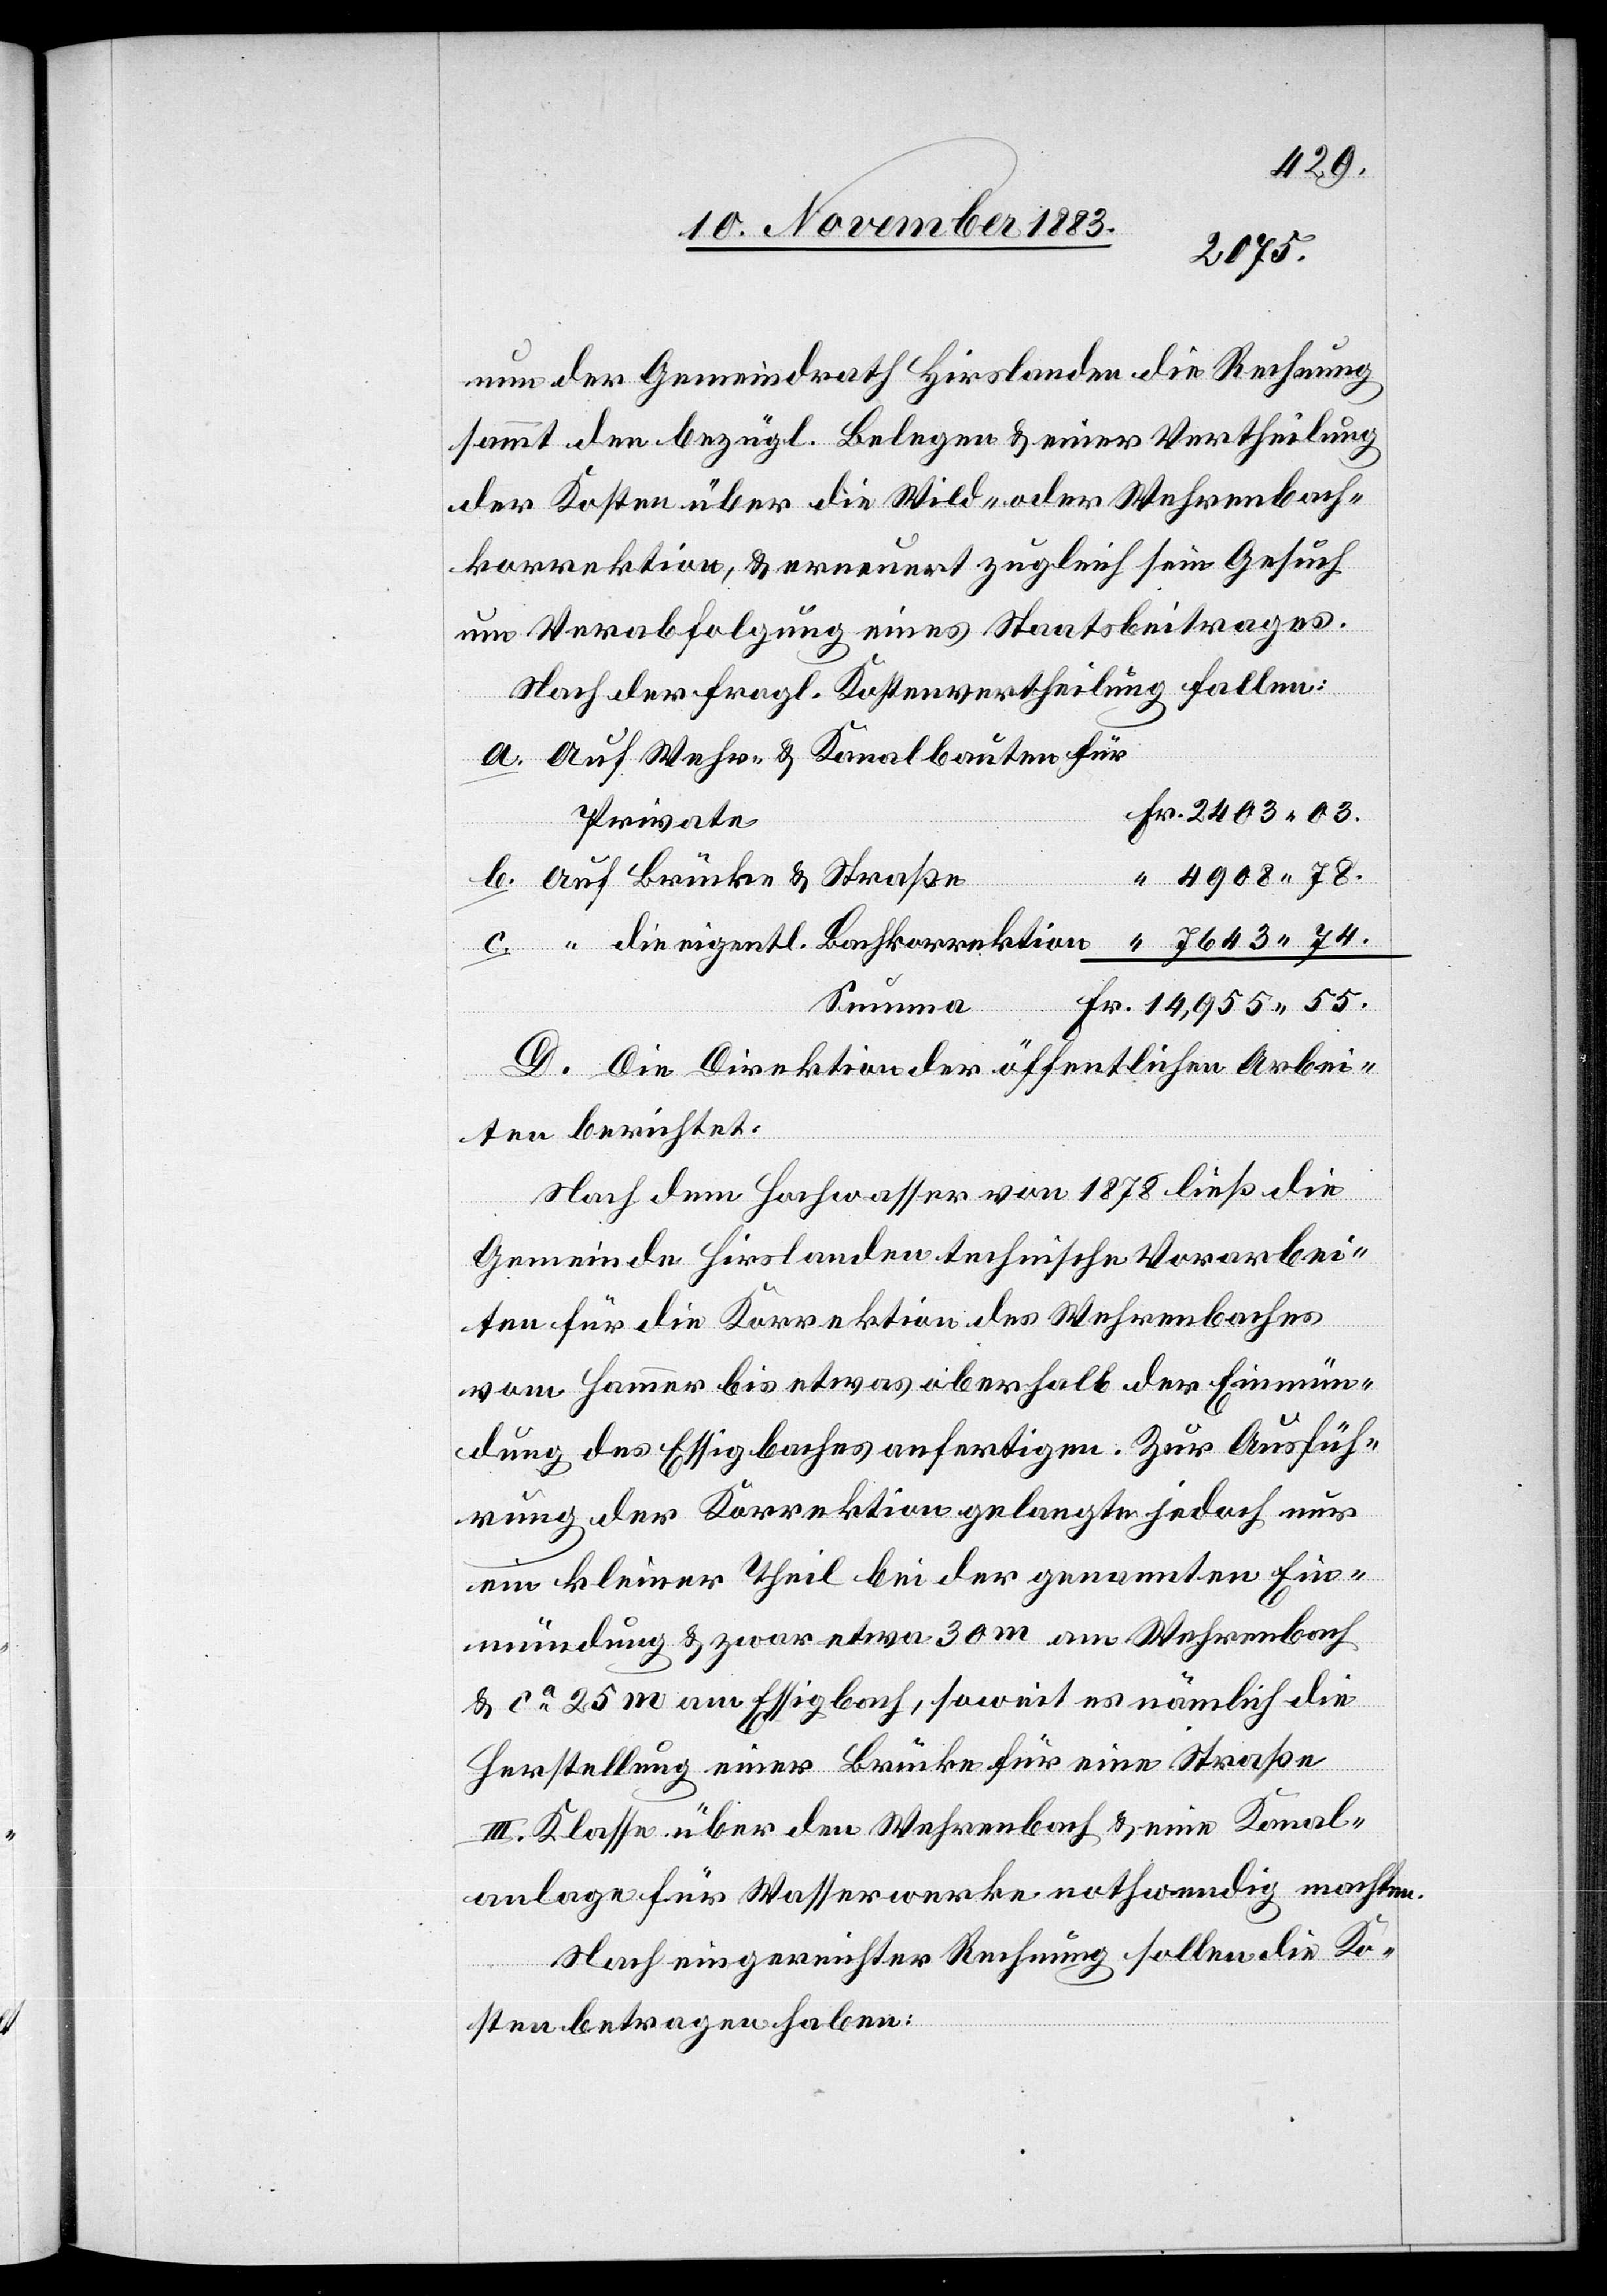
nun der Gemeindrath Hirslanden die Rechnung
sammt den bezügl. Belegen & einer Vertheilung
der Kosten über die Wild- oder Wehrenbach¬
korrektion, & erneuert zugleich sein Gesuch
um Verabfolgung eines Staatsbeitrages.
Nach der fragl. Kostenvertheilung fallen:
Auf Wehr- & Kanalbauten für
Private
4908 78.
Auf Brücke & Straße
Summa
D. Die Direktion der öffentlichen Arbei¬
ten berichtet:
Nach dem Hochwasser von 1878 ließ die
Gemeinde Hirslanden technische Vorarbei¬
ten für die Korrektion des Wehrenbaches
vom Hammer bis etwas oberhalb der Einmün¬
dung des Essigbaches anfertigen. Zur Ausfüh¬
rung der Korrektion gelangte jedoch nur
ein kleiner Theil bei der genannten Ein¬
mündung & zwar etwa 30 m am Wehrenbach
& ca 25 m am Essigbach, soweit es nämlich die
die eigentl.
Herstellung einer Brücke für eine Straße
II. Klasse über den Wehrenbach & eine Kanal¬
anlage für Wasserwerke nothwendig machten.
Nach eingereichter Rechnung sollen die Ko¬
sten betragen haben: